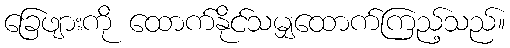
ခြေဖျားကို ထောက်နိုင်သမျှထောက်ကြည့်သည်။